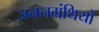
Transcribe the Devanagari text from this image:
जननग्रंथियों